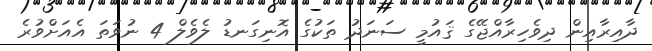
ދާއިރާއިން ދިވެހިރާއްޖޭގެ ޤައުމީ ސަނަދު ތަކުގެ އޮނިގަނޑު ލެވެލް 4 ނުވަތަ އެއަށްވުރެ